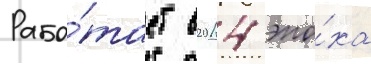
Рабо́тает в 2014 эпо́ха